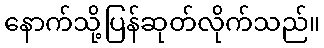
နောက်သို့ပြန်ဆုတ်လိုက်သည်။